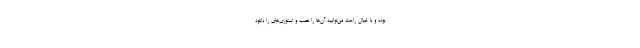
بوده و با خیال راحت می‌توانید آن‌ها را نصب و استوری‌های را دانلود